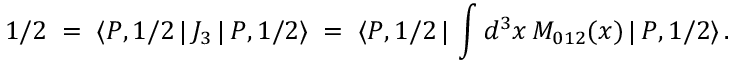
1 / 2 \; = \; \langle P , 1 / 2 \, | \, J _ { 3 } \, | \, P , 1 / 2 \rangle \; = \; \langle P , 1 / 2 \, | \, \int d ^ { 3 } x \, M _ { 0 1 2 } ( x ) \, | \, P , 1 / 2 \rangle \, .